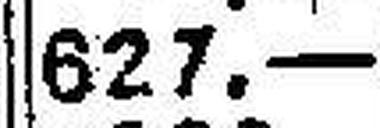
627.—